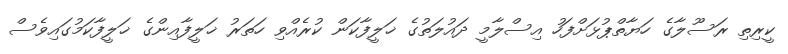
ކީރިތި ރަސޫލާގެ ހަޔާތްޕުޅަށްފަހު އިސްލާމީ ދައުލަތުގެ ޚަލީފާކަން ކުރެއްވި ހަތަރު ޚަލީފާއިންގެ ޚަލީފާކަމުގައިވެސް